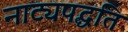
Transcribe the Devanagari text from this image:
नाट्यपद्धति